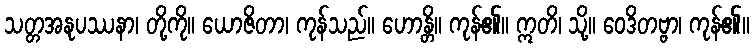
သတ္တအနုပဿနာ၊ တို့ကို။ ယောဇိတာ၊ ကုန်သည်။ ဟောန္တိ။ ကုန်၏။ ဣတိ၊ သို့။ ဝေဒိတဗ္ဗာ၊ ကုန်၏။